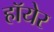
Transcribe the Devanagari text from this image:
हॉयेर